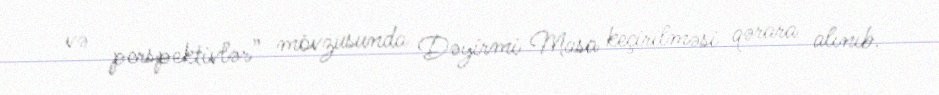
və perspektivlər” mövzusunda Dəyirmi Masa keçirilməsi qərara alınıb.